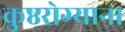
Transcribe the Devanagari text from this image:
कुष्ठरोग्याना